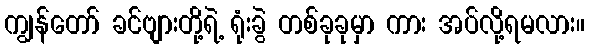
ကျွန်တော် ခင်ဗျားတို့ရဲ့ ရုံးခွဲ တစ်ခုခုမှာ ကား အပ်လို့ရမလား။